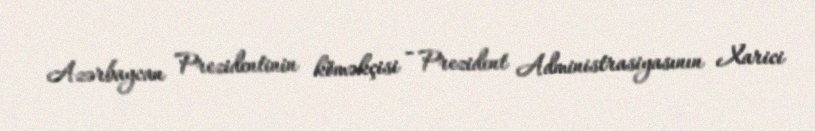
Azərbaycan Prezidentinin köməkçisi - Prezident Administrasiyasının Xarici